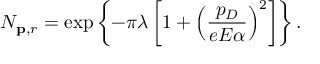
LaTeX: N _ { { \bf p } , r } = \exp \left\{ - \pi \lambda \left[ 1 + \left( \frac { p _ { D } } { e E \alpha } \right) ^ { 2 } \right] \right\} .